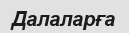
Далаларға